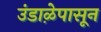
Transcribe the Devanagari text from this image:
उंडाऴेपासून